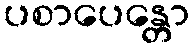
ပစာပေန္တော